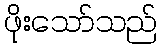
ဖိုးသော်သည်